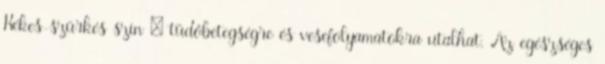
Kékes-szürkés szín – tüdőbetegségre és vesefolyamatokra utalhat. Az egészséges